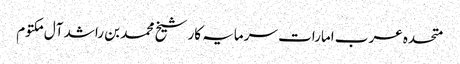
متحدہ عرب امارات سرمایہ کار شیخ محمد بن راشد آل مکتوم